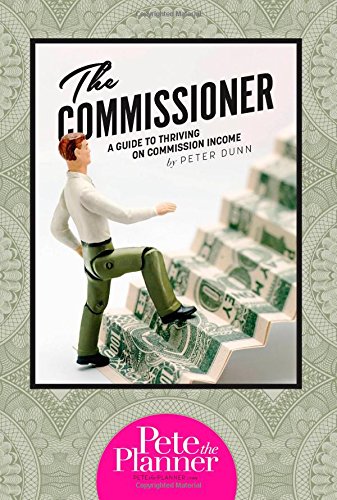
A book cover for The Commissioner: A Guide to Surviving and Thriving on Commission Income; Peter Dunn; Business & Money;